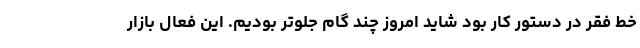
خط فقر در دستور کار بود شاید امروز چند گام جلوتر بودیم. این فعال بازار